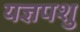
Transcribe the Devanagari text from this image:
यज्ञपशु